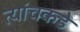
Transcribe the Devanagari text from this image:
त्यांचकडे